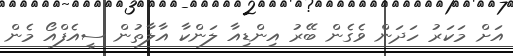
އަށް މަކަރު ހަދަން ވެގެން ބޭރު އިންޑިއާ ލަންކާ އާލާތުން ސީއެފްއޯ މެން